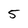
Character: 5